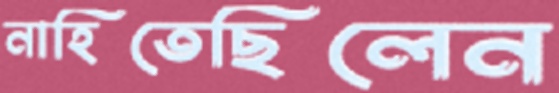
নাহিতেছিলেন